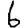
Digit: 6